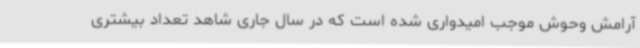
آرامش وحوش موجب امیدواری شده است که در سال جاری شاهد تعداد بیشتری